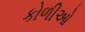
કોળીઓ